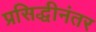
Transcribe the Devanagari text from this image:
प्रसिद्धीनंतर